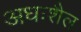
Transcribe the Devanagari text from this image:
अधःशैल